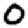
Digit: 0